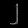
Digit: ၂